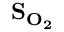
\bf { S _ { O _ { 2 } } }